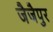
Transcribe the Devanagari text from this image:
जैजैपुर